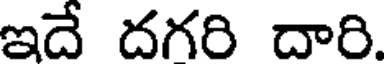
ఇదే దగరి దారి.